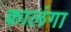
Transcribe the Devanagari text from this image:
कालंगा